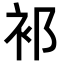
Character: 𬡅